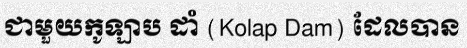
ជាមួយកូឡាប ដាំ (Kolap Dam) ដែលបាន